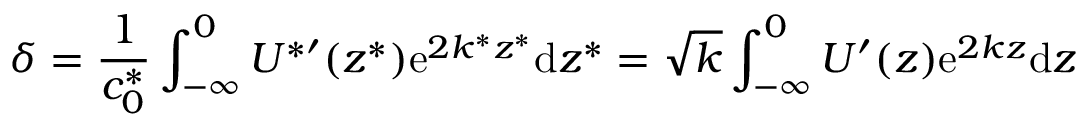
\delta = \frac { 1 } { c _ { 0 } ^ { * } } \int _ { - \infty } ^ { 0 } U ^ { * \prime } ( z ^ { * } ) \mathrm { e } ^ { 2 k ^ { * } z ^ { * } } \mathrm { d } z ^ { * } = \sqrt { k } \int _ { - \infty } ^ { 0 } U ^ { \prime } ( z ) \mathrm { e } ^ { 2 k z } \mathrm { d } z